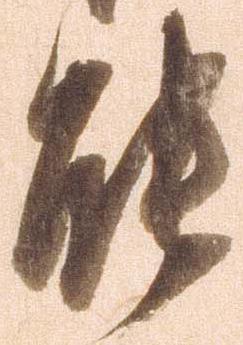
能